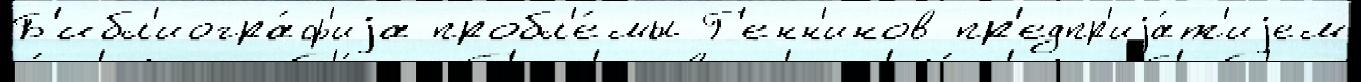
Б'ибл'иогра́ф'иjа пробл'е́мы Г'енн'инов пр'едпр'иjа́т'иjем